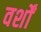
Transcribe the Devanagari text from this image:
वर्शों